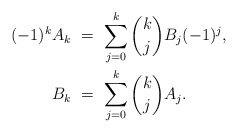
\begin{align*} (-1)^k A_k \ &= \ \sum_{j=0}^k \binom{k}{j}B_j (-1)^j, \\ B_k \ &= \ \sum_{j=0}^k \binom{k}{j}A_j. \end{align*}